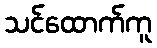
သင်ထောက်ကူ